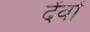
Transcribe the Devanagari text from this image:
देंवों